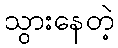
သွားနေတဲ့